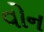
વોન